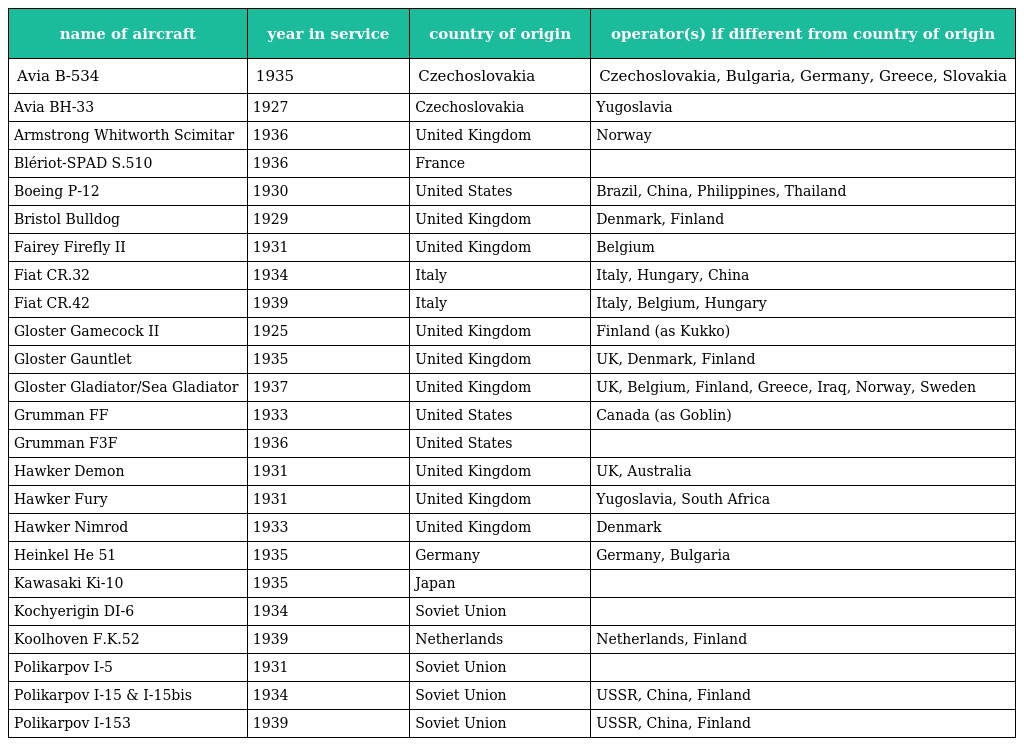
| name of aircraft | year in service | country of origin | operator(s) if different from country of origin |
 | --- | --- | --- | --- |
 | Avia B-534 | 1935 | Czechoslovakia | Czechoslovakia, Bulgaria, Germany, Greece, Slovakia |
 | Avia BH-33 | 1927 | Czechoslovakia | Yugoslavia |
 | Armstrong Whitworth Scimitar | 1936 | United Kingdom | Norway |
 | Blériot-SPAD S.510 | 1936 | France |  |
 | Boeing P-12 | 1930 | United States | Brazil, China, Philippines, Thailand |
 | Bristol Bulldog | 1929 | United Kingdom | Denmark, Finland |
 | Fairey Firefly II | 1931 | United Kingdom | Belgium |
 | Fiat CR.32 | 1934 | Italy | Italy, Hungary, China |
 | Fiat CR.42 | 1939 | Italy | Italy, Belgium, Hungary |
 | Gloster Gamecock II | 1925 | United Kingdom | Finland (as Kukko) |
 | Gloster Gauntlet | 1935 | United Kingdom | UK, Denmark, Finland |
 | Gloster Gladiator/Sea Gladiator | 1937 | United Kingdom | UK, Belgium, Finland, Greece, Iraq, Norway, Sweden |
 | Grumman FF | 1933 | United States | Canada (as Goblin) |
 | Grumman F3F | 1936 | United States |  |
 | Hawker Demon | 1931 | United Kingdom | UK, Australia |
 | Hawker Fury | 1931 | United Kingdom | Yugoslavia, South Africa |
 | Hawker Nimrod | 1933 | United Kingdom | Denmark |
 | Heinkel He 51 | 1935 | Germany | Germany, Bulgaria |
 | Kawasaki Ki-10 | 1935 | Japan |  |
 | Kochyerigin DI-6 | 1934 | Soviet Union |  |
 | Koolhoven F.K.52 | 1939 | Netherlands | Netherlands, Finland |
 | Polikarpov I-5 | 1931 | Soviet Union |  |
 | Polikarpov I-15 & I-15bis | 1934 | Soviet Union | USSR, China, Finland |
 | Polikarpov I-153 | 1939 | Soviet Union | USSR, China, Finland |